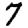
Digit: 7